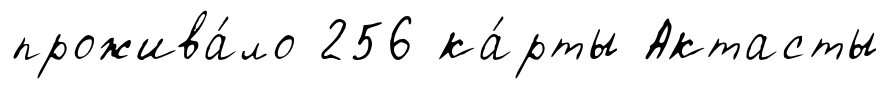
прожива́ло 256 ка́рты Актасты